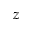
z